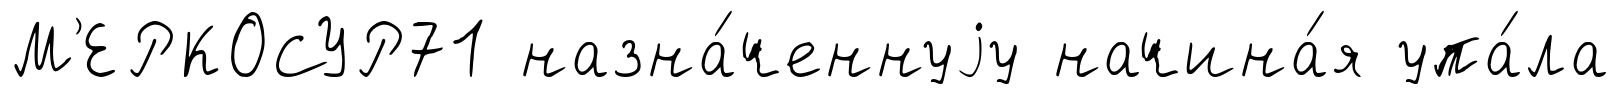
М'ЕРКОСУР71 назна́ченнуjу начина́я упа́ла